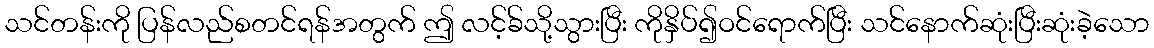
သင်တန်းကို ပြန်လည်စတင်ရန်အတွက် ဤ လင့်ခ်သို့သွားပြီး ကိုနှိပ်၍ဝင်ရောက်ပြီး သင်နောက်ဆုံးပြီးဆုံးခဲ့သော